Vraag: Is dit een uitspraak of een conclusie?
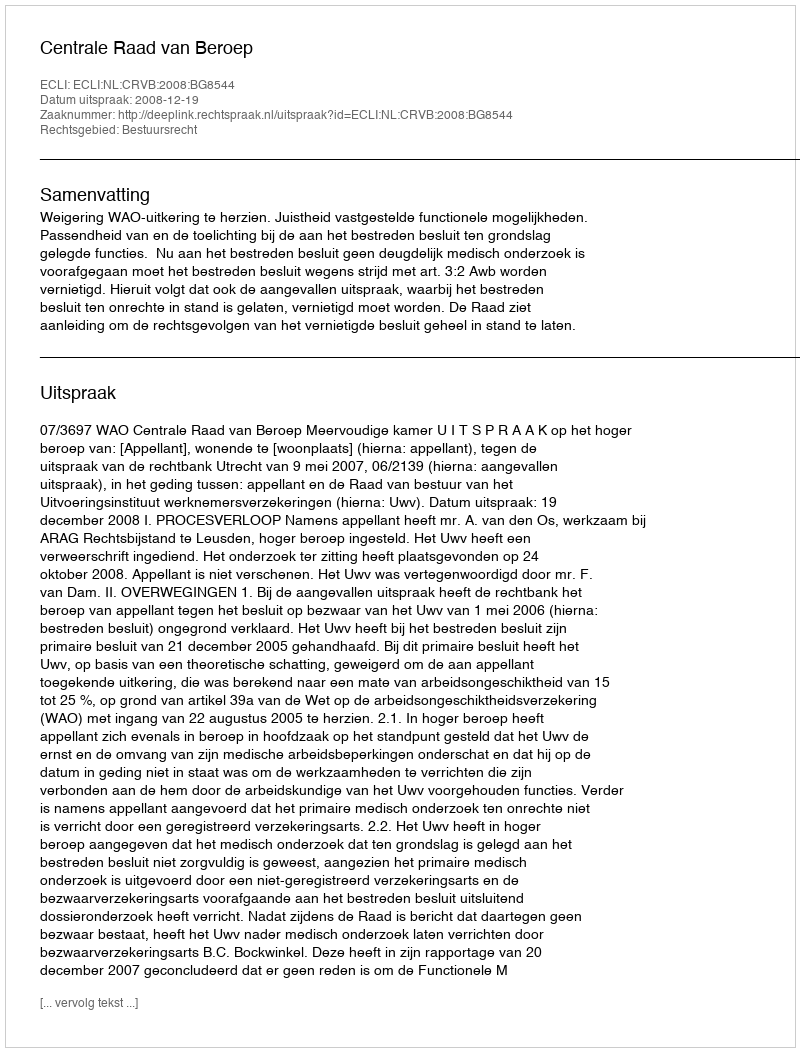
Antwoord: Uitspraak